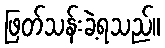
ဖြတ်သန်းခဲ့ရသည်။